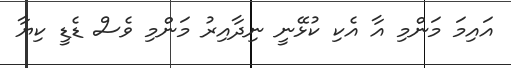
އައިމަ މަންމި އާ އެކި ކުޅޭނީ ނިދާއިރު މަންމި ވެސް ޑެޑީ ކިޔާ